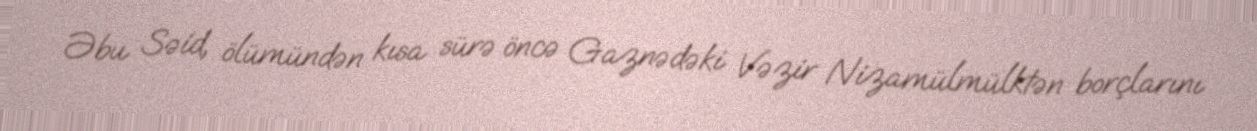
Əbu Səid, ölümündən kısa sürə öncə Gaznədəki Vəzir Nizamülmülktən borçlarını